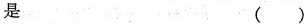
是( )